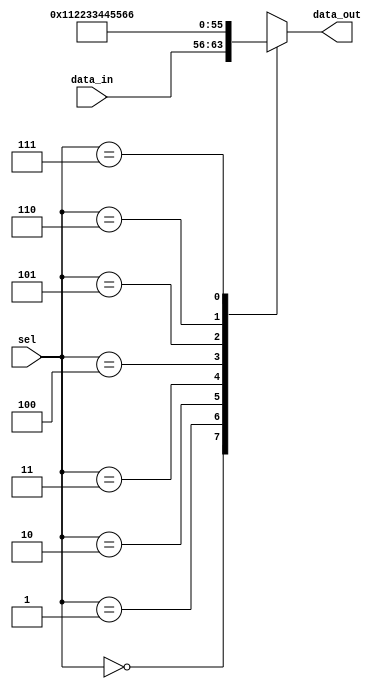
module io_buffer_mux_demux(
    input wire [7:0] data_in,
    input wire [2:0] sel,
    output reg [7:0] data_out
);

always @ (sel) begin
    case(sel)
        3'b000: data_out = data_in;
        3'b001: data_out = 8'h00;
        3'b010: data_out = 8'h11;
        3'b011: data_out = 8'h22;
        3'b100: data_out = 8'h33;
        3'b101: data_out = 8'h44;
        3'b110: data_out = 8'h55;
        3'b111: data_out = 8'h66;
        default: data_out = 8'hff;
    endcase
end

endmodule